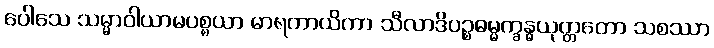
ပေါသေ သမ္မာဝါယာမပစ္စယာ မာရကာယိကာ သီလာဒိပဉ္စဓမ္မက္ခန္ဓယုတ္တတော သစဿာ